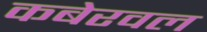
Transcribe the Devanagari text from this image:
कबेरवल